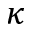
\kappa